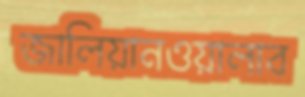
জালিয়ানওয়ালাব